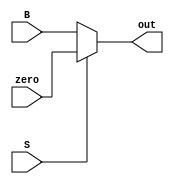
`timescale 1ns / 1ps
//////////////////////////////////////////////////////////////////////////////////
// Company: 
// Engineer: 
// 
// Design Name: 
// Module Name: mux2_1
// Project Name: 
// Target Devices: 
// Tool Versions: 
// Description: 
// 
// Dependencies: 
// 
// Revision:
// Revision 0.01 - File Created
// Additional Comments:
// 
//////////////////////////////////////////////////////////////////////////////////


module mux2_1(B, zero, S, out);
    input [31:0] B, zero;
    input S;
    output reg [31:0] out;
    
    always @(B, zero, S)
    begin
    if(S==0)
        out = B;
    else
        out = zero;
    end

endmodule